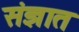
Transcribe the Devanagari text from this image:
संज्ञात